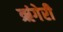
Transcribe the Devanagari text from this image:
ऋंगेरी